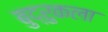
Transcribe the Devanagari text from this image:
बुद्रुकला